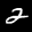
Label: 2